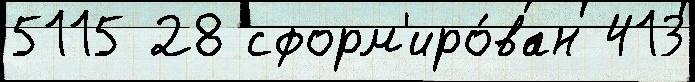
5115 28 сформ'иро́ван 413